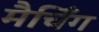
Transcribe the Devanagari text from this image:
मैचिँग